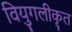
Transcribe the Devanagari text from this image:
वियुगलीकृत